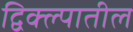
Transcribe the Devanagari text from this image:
द्विक्ल्पातील